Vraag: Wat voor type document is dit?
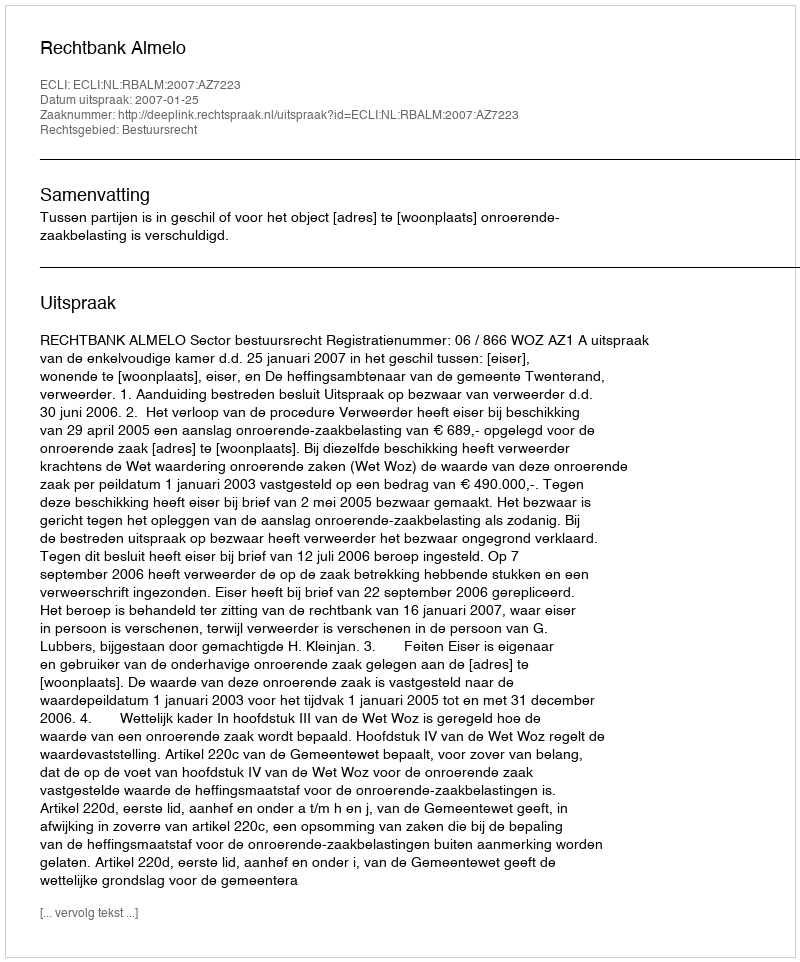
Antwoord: Uitspraak